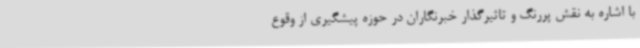
با اشاره به نقش پررنگ و تاثیرگذار خبرنگاران در حوزه پیشگیری از وقوع